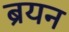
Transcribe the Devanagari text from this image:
ब्रयन